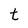
Character: t